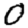
Digit: 0